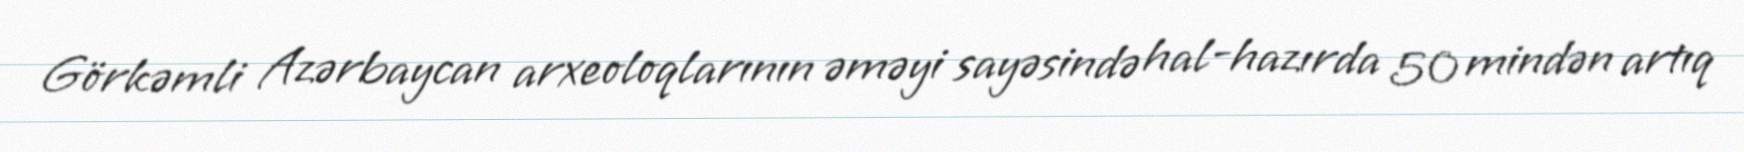
Görkəmli Azərbaycan arxeoloqlarının əməyi sayəsində hal-hazırda 50 mindən artıq